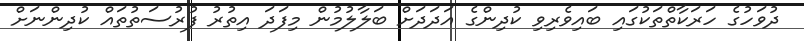
ދުވަހުގެ ހަރަކާތްތަކުގައި ބައިވެރިވި ކުދިންގެ އަދަދަށް ބަލާލުމުން މިފަދަ އިތުރު ފުރުސަތުތައް ކުދިންނަށް